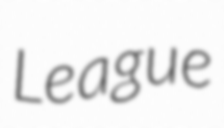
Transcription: League